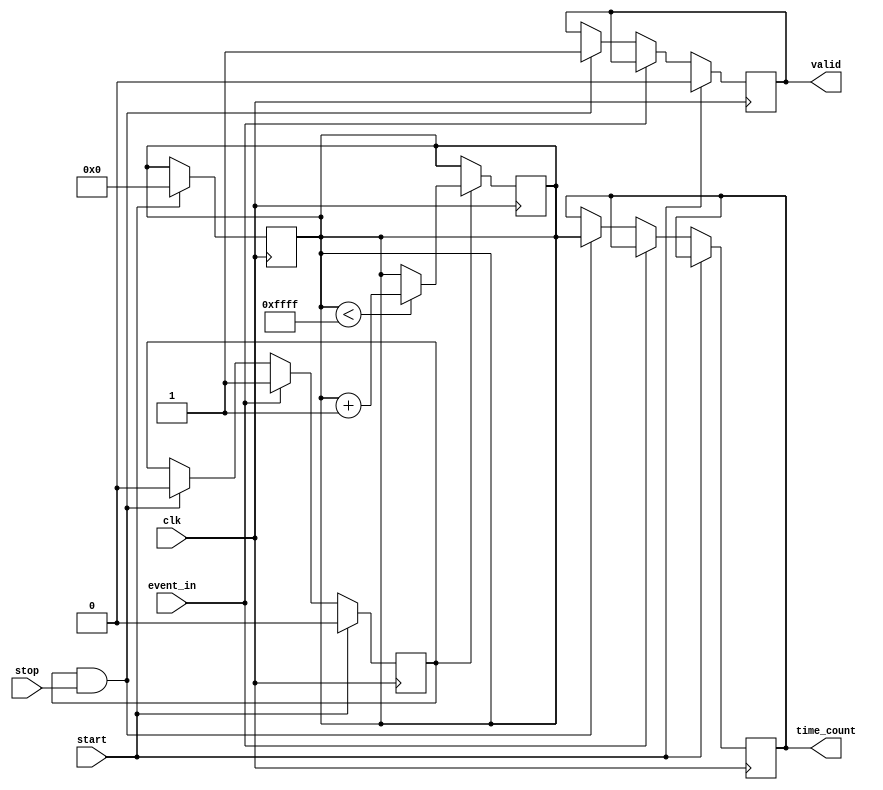
module TDC (
    input wire clk,                // High-frequency clock from PLL
    input wire start,              // Start signal
    input wire stop,               // Stop signal
    input wire event_in,           // Input event signal
    output reg [15:0] time_count,  // Measured time interval output
    output reg valid               // Indicates valid output
);

    // Parameters
    parameter DELAY_LINE_SIZE = 16; // Number of delay elements
    parameter MAX_COUNT = 65535;     // Maximum count value for the counter

    // Internal signals
    reg [15:0] counter;              // Time counter
    reg [DELAY_LINE_SIZE-1:0] delay_line; // Delay line for time bins
    reg event_detected;              // Flag for event detection

    // Event detection logic
    always @(posedge clk) begin
        if (start) begin
            counter <= 0;            // Reset counter on start
            valid <= 0;              // Invalidate output
            event_detected <= 0;     // Reset event detection flag
        end else if (event_in) begin
            event_detected <= 1;      // Set event detected flag
            delay_line <= {delay_line[DELAY_LINE_SIZE-2:0], 1'b1}; // Shift in the event
        end else if (event_detected && stop) begin
            time_count <= counter;    // Latch the counter value on stop
            valid <= 1;               // Set valid output
            event_detected <= 0;      // Reset event detection flag
        end
    end

    // Counter incrementing logic
    always @(posedge clk) begin
        if (event_detected) begin
            if (counter < MAX_COUNT) begin
                counter <= counter + 1; // Increment counter
            end
        end
    end

    // Delay line operation (simplified example)
    always @(posedge clk) begin
        if (event_detected) begin
            // Example of delay line operation (not fully implemented)
            // This should include logic to handle the delay elements
            // and capture the timing information.
        end
    end

endmodule